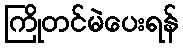
ကြိုတင်မဲပေးရန်